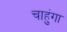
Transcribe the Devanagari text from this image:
चाहुंगा